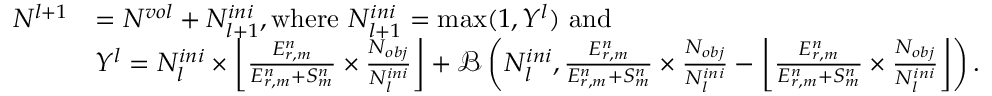
\begin{array} { r l } { N ^ { l + 1 } } & { = N ^ { v o l } + N _ { l + 1 } ^ { i n i } , \mathrm { w h e r e ~ } N _ { l + 1 } ^ { i n i } = \operatorname* { m a x } ( 1 , Y ^ { l } ) \mathrm { ~ a n d ~ } } \\ & { Y ^ { l } = N _ { l } ^ { i n i } \times \left\lfloor \frac { E _ { r , m } ^ { n } } { E _ { r , m } ^ { n } + S _ { m } ^ { n } } \times \frac { N _ { o b j } } { N _ { l } ^ { i n i } } \right\rfloor + \mathcal { B } \left( N _ { l } ^ { i n i } , \frac { E _ { r , m } ^ { n } } { E _ { r , m } ^ { n } + S _ { m } ^ { n } } \times \frac { N _ { o b j } } { N _ { l } ^ { i n i } } - \left\lfloor \frac { E _ { r , m } ^ { n } } { E _ { r , m } ^ { n } + S _ { m } ^ { n } } \times \frac { N _ { o b j } } { N _ { l } ^ { i n i } } \right\rfloor \right) . } \end{array}